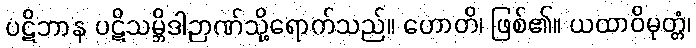
ပဋိဘာန ပဋိသမ္ဘိဒါဉာဏ်သို့ရောက်သည်။ ဟောတိ၊ ဖြစ်၏။ ယထာဝိမုတ္တံ၊